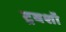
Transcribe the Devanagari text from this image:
ट्रबशॉ